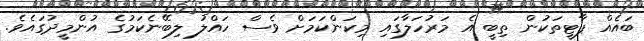
ބައެއް ޕާޓީތަކުން ތިބީ އެ މަރުހަލާގައި މިކަންކަމަށް ވެސް ހައްލު ލިބޭނެކަމުގެ އުންމީދުގައެވެ.